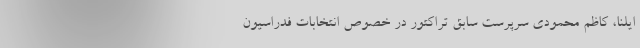
ایلنا، کاظم محمودی سرپرست سابق تراکتور در خصوص انتخابات فدراسیون